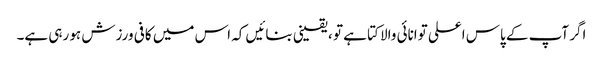
اگر آپ کے پاس اعلی توانائی والا کتا ہے تو ، یقینی بنائیں کہ اس میں کافی ورزش ہو رہی ہے۔